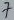
Text: 7